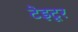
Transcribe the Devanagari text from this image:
टेइटूर